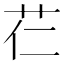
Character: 芢